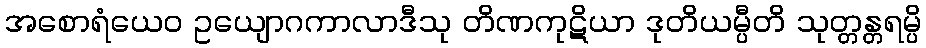
အစောရံယေဝ ဥယျောဂကာလာဒီသု တိဏကုဋိယာ ဒုတိယမ္ပီတိ သုတ္တန္တရမ္ပိ